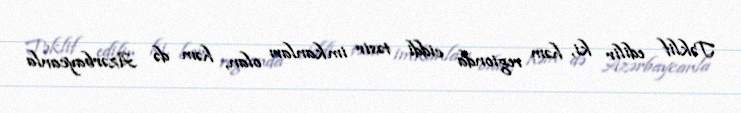
Təklif edilir ki, həm regionda ciddi təsir imkanları olan, həm də Azərbaycanla